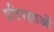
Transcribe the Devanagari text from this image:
प्रतिरक्षाओं